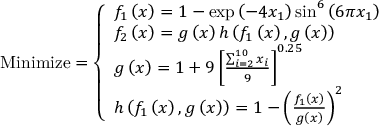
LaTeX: { \mathrm { M i n i m i z e } } = { \left\{ \begin{array} { l l } { f _ { 1 } \left( { \boldsymbol { x } } \right) = 1 - \exp \left( - 4 x _ { 1 } \right) \sin ^ { 6 } \left( 6 \pi x _ { 1 } \right) } \\ { f _ { 2 } \left( { \boldsymbol { x } } \right) = g \left( { \boldsymbol { x } } \right) h \left( f _ { 1 } \left( { \boldsymbol { x } } \right) , g \left( { \boldsymbol { x } } \right) \right) } \\ { g \left( { \boldsymbol { x } } \right) = 1 + 9 \left[ { \frac { \sum _ { i = 2 } ^ { 1 0 } x _ { i } } { 9 } } \right] ^ { 0 . 2 5 } } \\ { h \left( f _ { 1 } \left( { \boldsymbol { x } } \right) , g \left( { \boldsymbol { x } } \right) \right) = 1 - \left( { \frac { f _ { 1 } \left( { \boldsymbol { x } } \right) } { g \left( { \boldsymbol { x } } \right) } } \right) ^ { 2 } } \end{array} \right. }